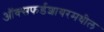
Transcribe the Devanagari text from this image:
ऑक्सफर्डशायरमधील